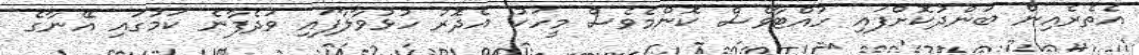
އެތެރެއިން ބަންދުކޮށްފައި ހުއްޓާވެސް ކޮންމެވެސް މީހަކު އެދޮރު ހުޅުވާލާފައި ވަދެފާނެ ކަމުގައި އޭނާގެ